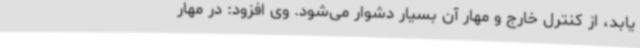
یابد، از کنترل خارج و مهار آن بسیار دشوار می‌شود. وی افزود: در مهار